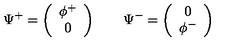
\Psi ^ { + } = \left( \begin{array} { c } { \phi ^ { + } } \\ { 0 } \\ \end{array} \right) \qquad \Psi ^ { - } = \left( \begin{array} { c } { 0 } \\ { \phi ^ { - } } \\ \end{array} \right)